Mental hospitals Bombay report 1921-28 - 1921-1928
Year: 1921
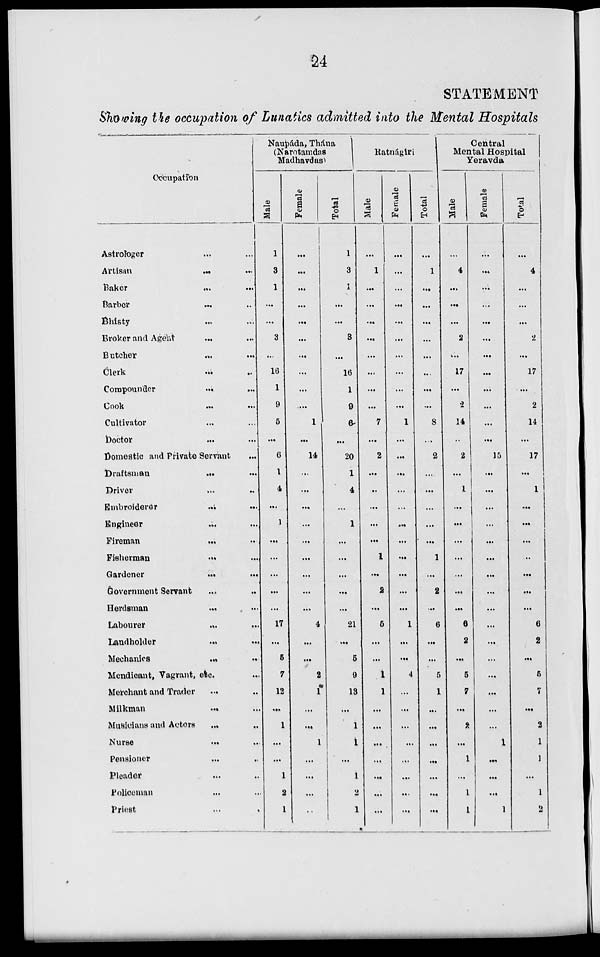
24
STATEMENT
Showing the occupation of Lunatics admitted into the Mental Hospitals
Occupation
Astrologer ... ...
Artisan ... ...
Baker ... ...
Barber ... ...
Bhisty ... ...
Broker and Agent ... ...
Butcher ... ...
Clerk ... ...
Compounder
...
...
Cook
...
...
Cultivator ... ...
Doctor ... ...
Domestic and Private Servant ...
Draftsman
...
...
Driver ... ...
Embroiderer ... ...
Engineer ... ...
Fireman ... ...
Fisherman
...
...
Gardener
...
...
Government Servant ... ...
Herdsman
...
...
Labourer
...
...
Landholder
...
...
Mechanics ... ...
Mendicant, Vagrant, etc. ...
Merchant and Trader ... ...
Milkman
...
...
Musicians and Actors ... ...
Nurse ... ...
Pensioner ... ...
Pleader ... ...
Policeman ... ...
Priest ...
Naupáda, Thána
(Narotamdas
Madhavdas)
Male
1
3
1
...
...
3
...
16
1
9
5
...
6
1
4
...
1
...
...
...
...
...
17
...
5
7
12
...
1
...
...
1
2
1
Female
...
...
...
...
...
...
...
...
...
...
1
...
14
...
...
...
...
...
...
...
...
...
4
...
...
2
1
...
...
1
...
...
...
...
Total
1
3
1
...
...
3
...
16
1
9
6
...
20
1
4
...
1
...
...
...
...
...
21
...
5
9
13
...
1
1
...
1
2
1
Ratnágiri
Male
...
1
...
...
...
...
...
...
...
...
7
...
2
...
...
...
...
...
1
...
2
...
5
...
...
1
1
...
...
...
...
...
...
...
Female
...
...
...
...
...
...
...
...
...
...
1
...
...
...
...
...
...
...
...
...
...
...
1
...
...
4
...
...
...
...
...
...
...
...
Total
...
1
...
...
...
...
...
...
...
...
8
...
2
...
...
...
...
...
1
...
2
...
6
...
...
5
1
...
...
...
...
...
...
...
Central
Mental Hospital
Yeravda
Male
...
4
...
...
...
2
...
17
...
2
14
...
2
...
1
...
...
...
...
...
...
...
6
2
...
5
7
...
2
...
1
...
1
1
Female
...
...
...
...
...
...
...
...
...
...
...
...
15
...
...
...
...
...
...
...
...
...
...
...
...
...
...
...
...
1
...
...
...
1
Total
...
4
...
...
...
2
...
17
...
2
14
...
17
...
1
...
...
...
..
...
...
...
6
2
...
5
7
...
2
1
1
...
1
2